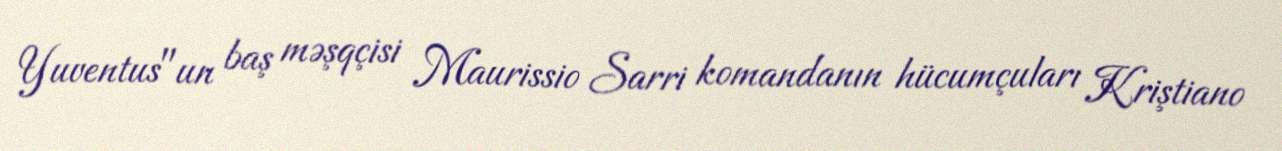
Yuventus"un baş məşqçisi Maurissio Sarri komandanın hücumçuları Kriştiano